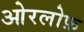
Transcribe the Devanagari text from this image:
ओरलोफ़